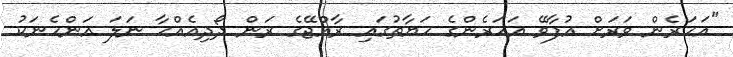
"އަހަރެން ވަރަށް އުފާވޭ އަހަރެންގެ ހަޔާތުގައި ރާއްޖޭގެ ރަން ދޯދިއެއްހާ ނަލަ އަންހެނަކު